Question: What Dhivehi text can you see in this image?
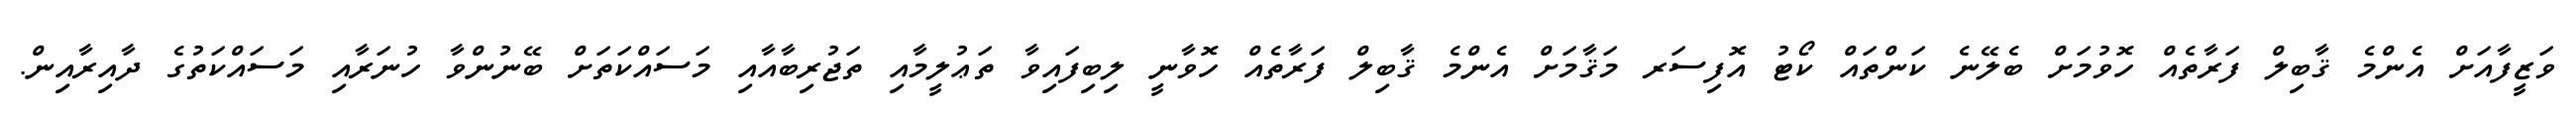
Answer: ވަޒީފާއަށް އެންމެ ޤާބިލް ފަރާތެއް ހޮވުމަށް ބެލޭނެ ކަންތައް ކޯޓު އޮފިސަރ މަޤާމަށް އެންމެ ޤާބިލް ފަރާތެއް ހޮވާނީ ލިބިފައިވާ ތަޢުލީމާއި ތަޖުރިބާއާއި މަސައްކަތަށް ބޭނުންވާ ހުނަރާއި މަސައްކަތުގެ ދާއިރާއިން.